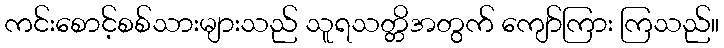
ကင်းစောင့်စစ်သားများသည် သူရသတ္တိအတွက် ကျော်ကြား ကြသည်။